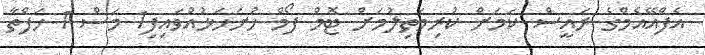
އެފްއޭއެމްގެ ރައީސް ކަމަށް ކުރިމަތިލުމަށް ޓޮމް ފޯމް ހުށަހަޅުއްވައިފި1 މަސް 1 ހަފްތާ